Annual report on the Civil Veterinary Department, Burma (including the Insein Veterinary School) - 1923-1931
Year: 1923
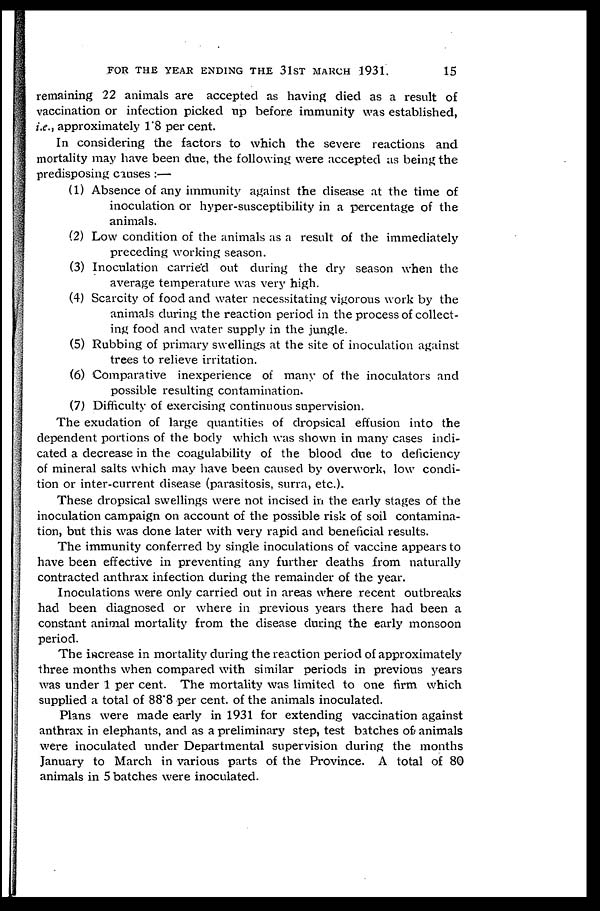
FOR THE YEAR ENDING THE 31ST MARCH 1931.
15
remaining 22 animals are accepted as having died as a result of
vaccination or infection picked up before immunity was established,
i.e., approximately 1.8 per cent.
In considering the factors to which the severe reactions and
mortality may have been due, the following were accepted as being the
predisposing causes:—
(1) Absence of any immunity against the disease at the time of
inoculation or hyper-susceptibility in a percentage of the
animals.
(2) Low condition of the animals as a result of the immediately
preceding working season.
(3) Inoculation carried out during the dry season when the
average temperature was very high.
(4) Scarcity of food and water necessitating vigorous work by the
animals during the reaction period in the process of collect-
ing food and water supply in the jungle.
(5) Rubbing of primary swellings at the site of inoculation against
trees to relieve irritation.
(6) Comparative inexperience of many of the inoculators and
possible resulting contamination.
(7) Difficulty of exercising continuous supervision.
The exudation of large quantities of dropsical effusion into the
dependent portions of the body which was shown in many cases indi-
cated a decrease in the coagulability of the blood due to deficiency
of mineral salts which may have been caused by overwork, low condi-
tion or inter-current disease (parasitosis, surra, etc.).
These dropsical swellings were not incised in the early stages of the
inoculation campaign on account of the possible risk of soil contamina-
tion, but this was done later with very rapid and beneficial results.
The immunity conferred by single inoculations of vaccine appears to
have been effective in preventing any further deaths from naturally
contracted anthrax infection during the remainder of the year.
Inoculations were only carried out in areas where recent outbreaks
had been diagnosed or where in previous years there had been a
constant animal mortality from the disease during the early monsoon
period.
The increase in mortality during the reaction period of approximately
three months when compared with similar periods in previous years
was under 1 per cent. The mortality was limited to one firm which
supplied a total of 88.8 per cent. of the animals inoculated.
Plans were made early in 1931 for extending vaccination against
anthrax in elephants, and as a preliminary step, test batches of animals
were inoculated under Departmental supervision during the months
January to March in various parts of the Province. A total of 80
animals in 5 batches were inoculated.